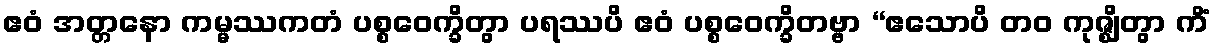
ဧဝံ အတ္တနော ကမ္မဿကတံ ပစ္စဝေက္ခိတွာ ပရဿပိ ဧဝံ ပစ္စဝေက္ခိတဗ္ဗာ “ဧသောပိ တဝ ကုဇ္ဈိတွာ ကိံ